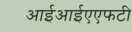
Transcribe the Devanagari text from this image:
आईआईएएफटी